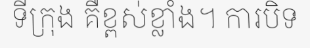
ទីក្រុង គឺខ្ពស់ខ្លាំង។ ការបិទ